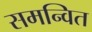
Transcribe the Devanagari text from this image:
समन्‍वित